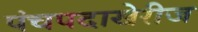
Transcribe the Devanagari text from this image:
पंचपदाखेरीज